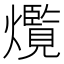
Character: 𤑸